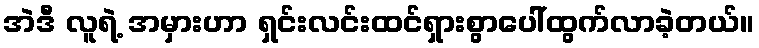
အဲဒီ လူရဲ့ အမှားဟာ ရှင်းလင်းထင်ရှားစွာပေါ်ထွက်လာခဲ့တယ်။